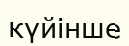
күйінше